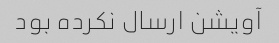
آویشن ارسال نکرده بود